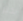
بخير